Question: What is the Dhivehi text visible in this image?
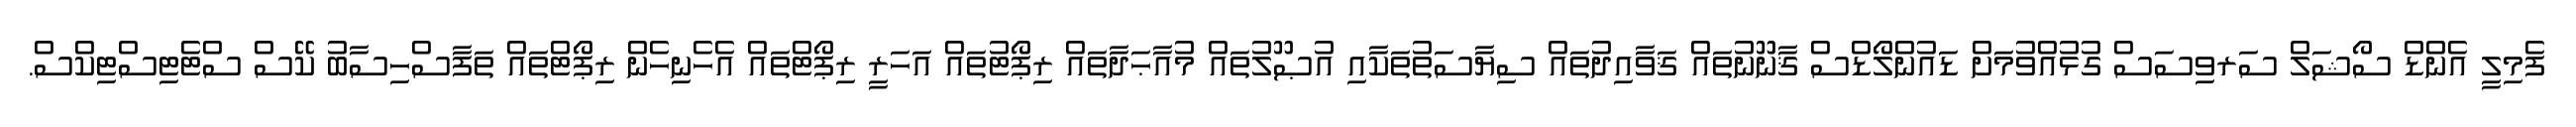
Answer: ފެމިލީ އެންޑް ސޯޝަލް ސަރވިސަސް ގުޅުއްވުމަށް ޑައުންލޯޑްސް ޤާނޫނުތައް ޤަވާއިދުތައް ސިޔާސަތުތަކާއި އުޞޫލުތައް މުއާޙަދާތައް ރިޕޯޓުތައް އަހަރީ ރިޕޯޓްތައް އެހެނިހެން ރިޕޯޓްތައް ތަފާސްހިސާބު ކޭސް ސްޓެޓިސްޓިކްސް.